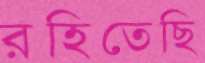
রহিতেছি